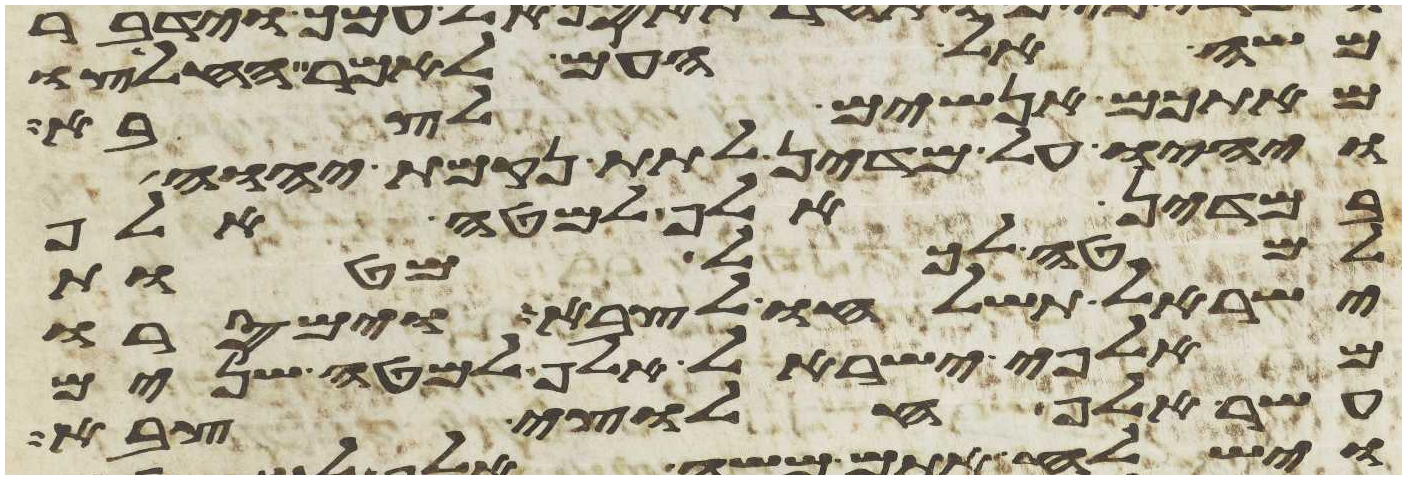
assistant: משה אל העם לאמר החליצו
מאתכם אנשים לצבא
ויהיו על מדין לתת נקמת יהוה
במדין אלף למטה אלף
למטה לכל מטות
ישראל תשלחו לצבא וימסרו
מאלפי ישראל אלף למטה שנים
עשר אלף חלוצי צבא